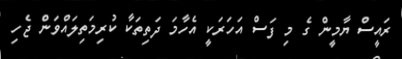
ރައީސް ޔާމީން ގެ މި ފަސް އަހަރަކީ އެހާމަ ދަތިތަކާ ކުރިމަތިލައްވަން ޖެހި